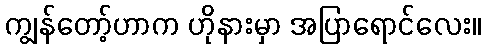
ကျွန်တော့်ဟာက ဟိုနားမှာ အပြာရောင်လေး။